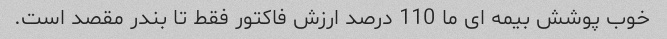
خوب پوشش بیمه ای ما 110 درصد ارزش فاکتور فقط تا بندر مقصد است.